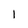
Character: 1